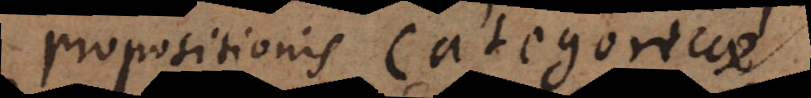
propositionis categoricae